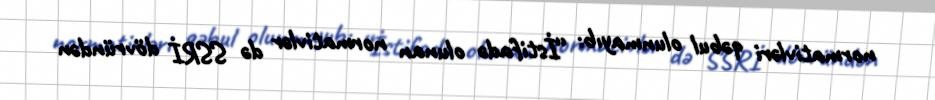
normativləri qəbul olunmayıb: “İstifadə olunan normativlər də SSRİ dövründən